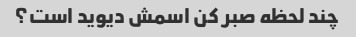
چند لحظه صبر کن اسمش دیوید است؟